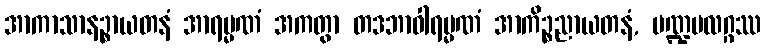
အာကာသာနဉ္စာယတနံ အာရမ္မဏံ အကတွာ တဒဘာဝါရမ္မဏံ အာကိဉ္စညာယတနံ, မဏ္ဍပလဂ္ဂဿ